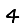
Digit: 4